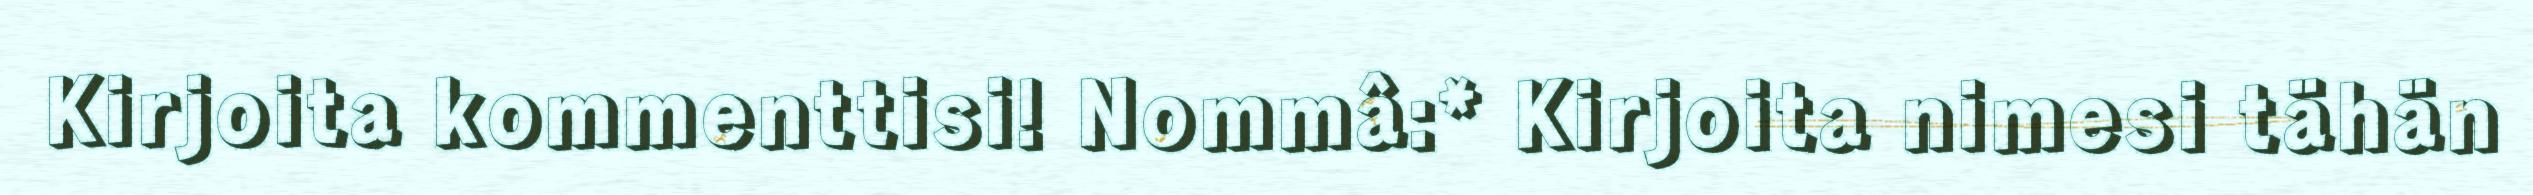
Kirjoita kommenttisi! Nommâ:* Kirjoita nimesi tähän